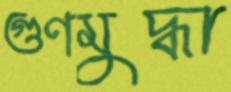
গুণমুদ্ধা